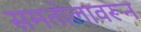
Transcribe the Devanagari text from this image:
समतोलावरून